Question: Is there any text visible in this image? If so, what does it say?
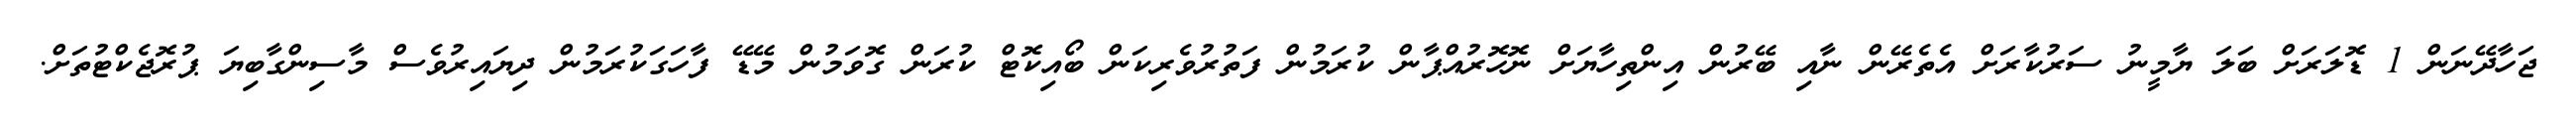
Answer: ޖަހާދޭނަން 1 ޑޮލަރަށް ބަލަ ޔާމީނު ސަރުކާރަށް އެތެރޭން ނާއި ބޭރުން އިންތިހާޔަށް ނޮހޮރުއްޕާން ކުރަމުން ފަތުރުވެރިކަން ބޯއިކޮޓް ކުރަން ގޮވަމުން މޭޑޭ ފާހަގަކުރަމުން ދިޔައިރުވެސް މާސިންގާބިޔަ ޕުރޮޖެކްޓުތަށް.